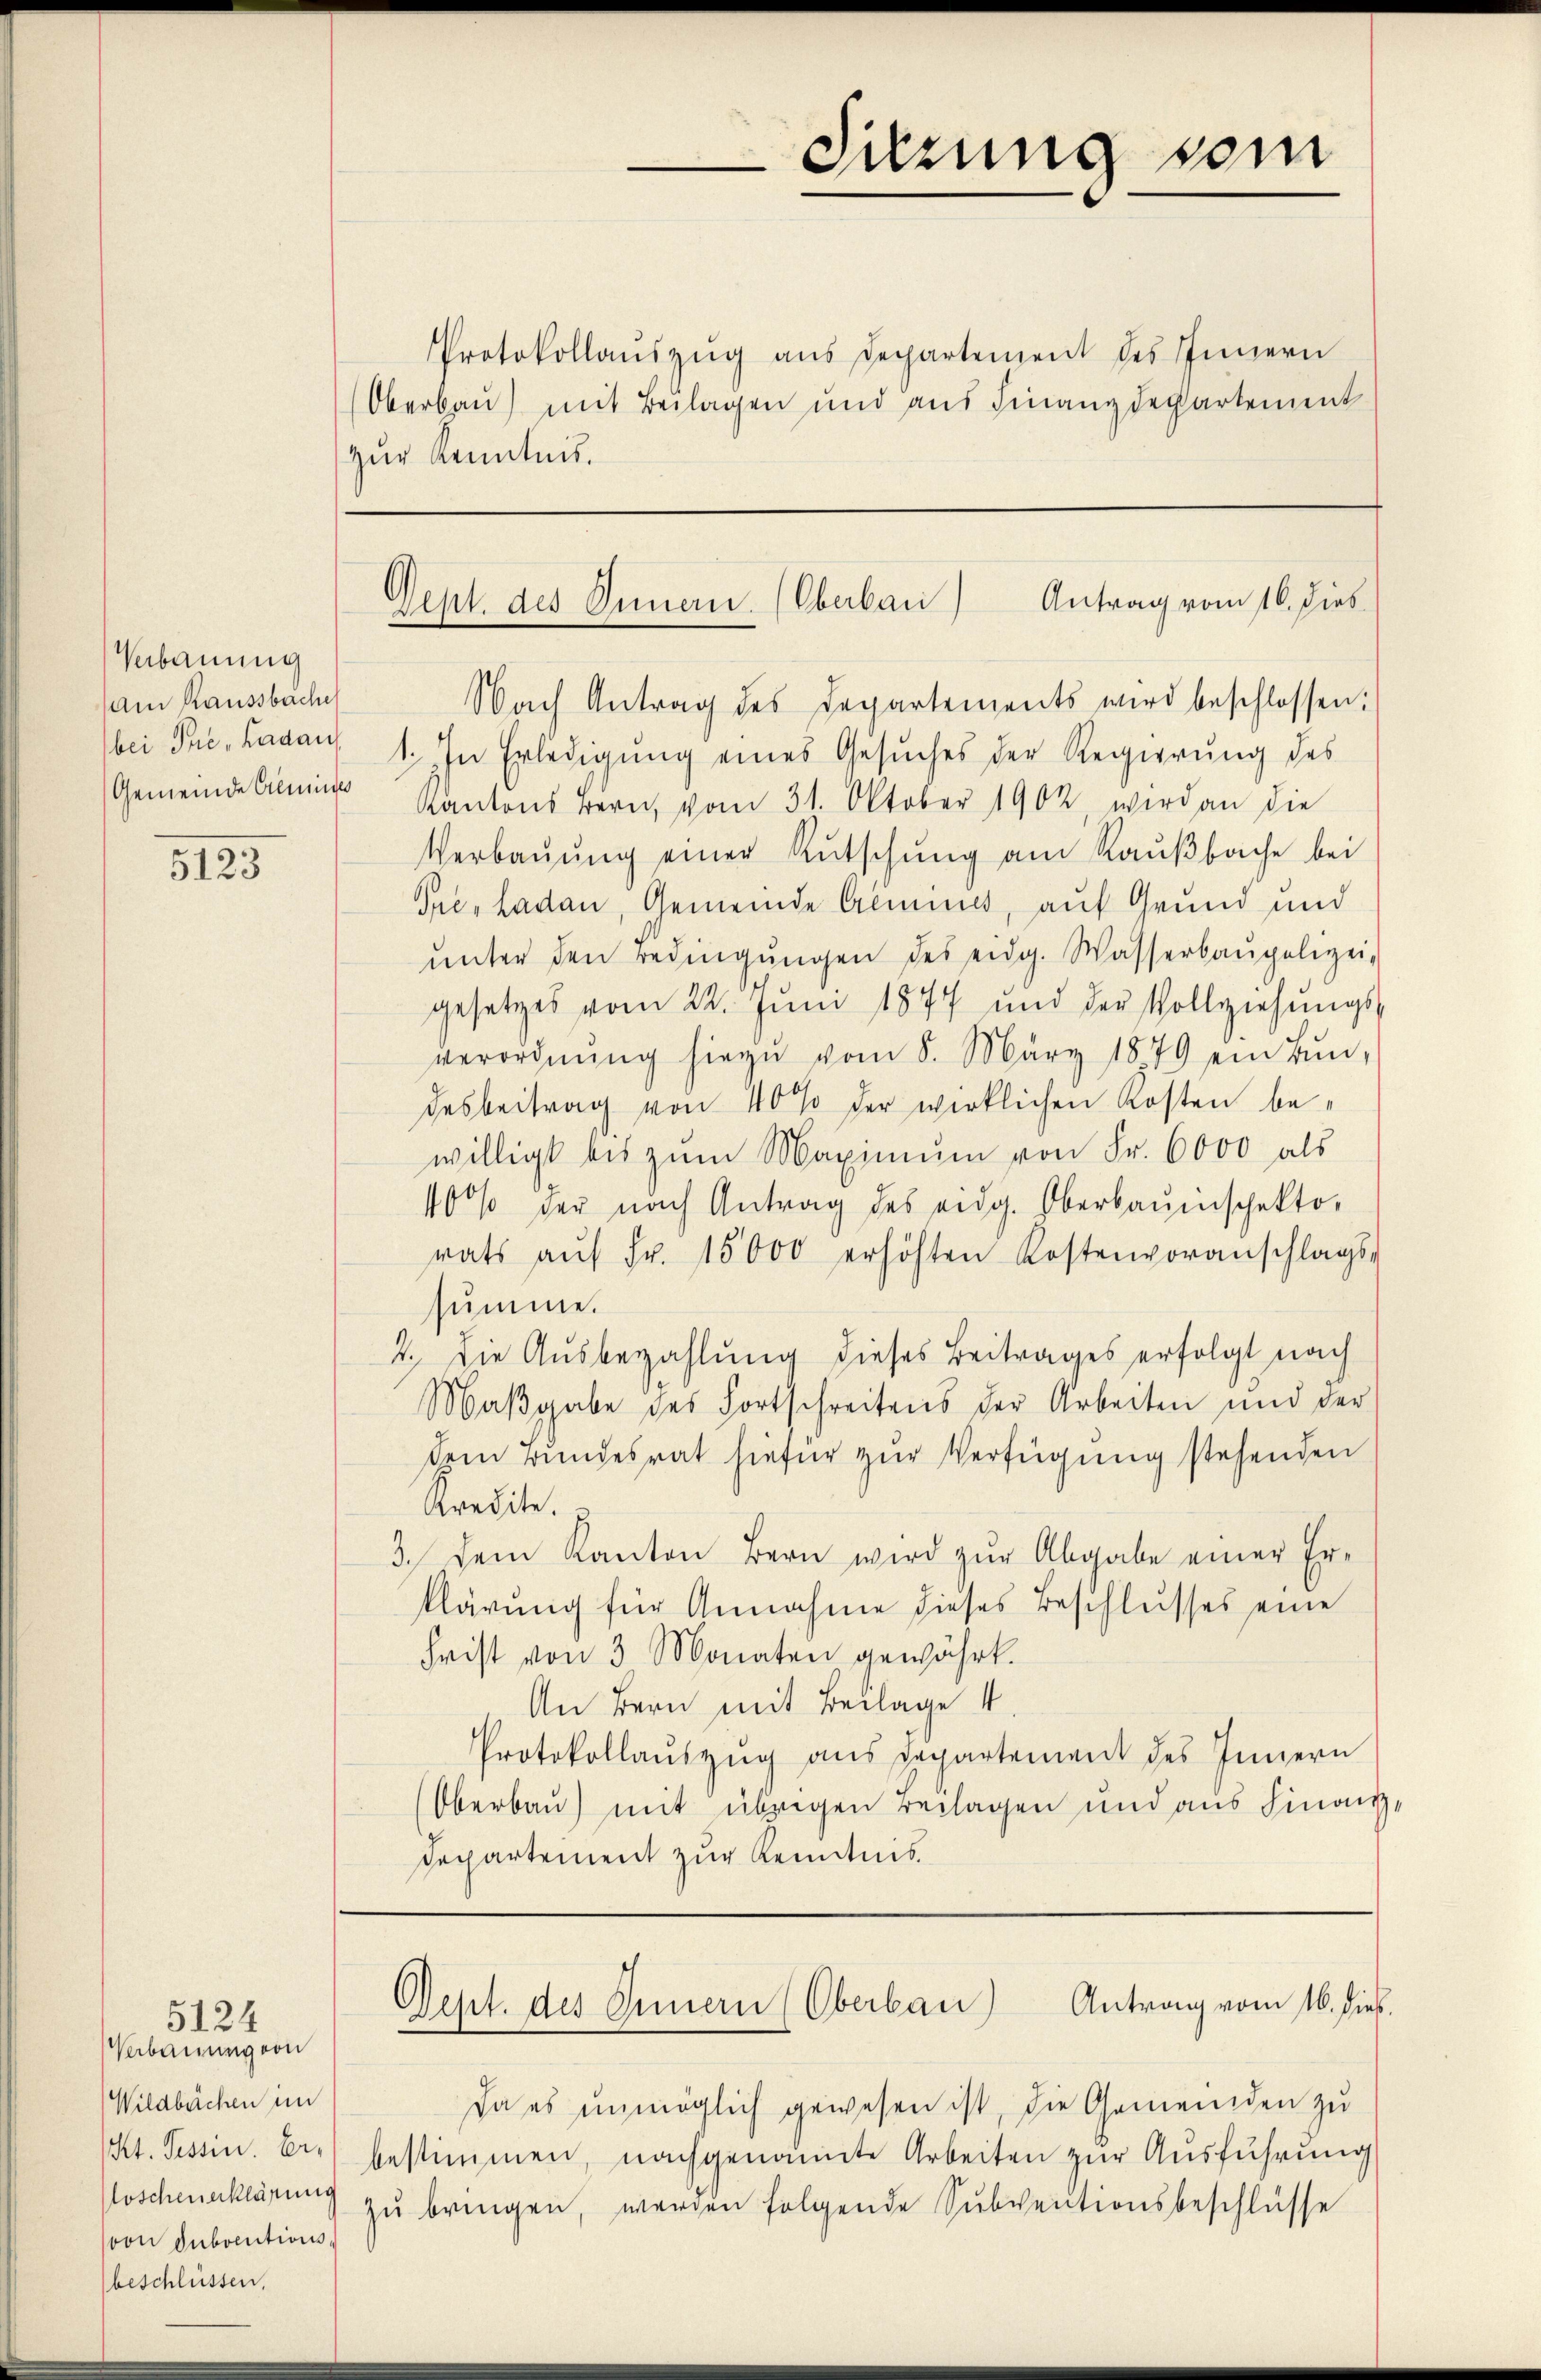
Verbauung
am Raussbache
Gemeinde Aemin

3125

5124
Verbauung von
Wildbachen im
Kt. Tessin. Er-
Koscheuerklärung
von Subventionsbeschlüssen,

Sitzung vom

Protokollaŭszŭg ans Departement des Innern
Oberbau) mit Beilagen und aus Finanzdepartement
zur Kenntnis.

Dept. des Innern (Oberban) Antrag vom 16. dies

Nach Antrag des Departements wird beschlossen:
bei Pre, Ladau 1. In Erledigung eines Gesuches der Regierung des
Kantons Bern, vom 31. Oktober 1902 wird an die
Verbauung einer Rutschung am Kaußbache bei
Pre, Laden, Gemeinde Aemins, auf Grund und
ŭnter den Bedingŭngen des eidg. Wasserbaupolizei-
gesetzes vom 22. Juni 1877 und der Vollziehŭngs-
verordnŭng hiezŭ vom 8. März 1879 ein Bŭn-
desbeitrag von 40% der wirklichen Kosten bewilligt bis zum Maximum von Fr. 6000 als
400% der nach Antrag des eidg. Oberbauinschekto
rats aŭf Fr. 15000 erhöhten Kostenvoranschlags-
summe.
2.) Die Ausbezahlung dieses Beitrages erfolgt nach
Maβgabe des Fortschreitens der Arbeiten und der
dem Bundesrat hiefür zur Verfügung stehenden
Kredite.
3. Dem Kanton Bern wird zŭr Abgabe einer Er-
klärung für Annahme dieses Beschlusses eine
Frist von 3 Monaten gewährt.
An Bern mit Beilage 4.
Protokollauszug aus Departement des Innern
Oberbau) mit übrigen Beilagen und aus Finanz¬
Departement zur Kenntnis

Da es unmöglich gewesen ist, die Gemeinden zu
bestimmen, nachgenannte Arbeiten zur Ausführung
zŭ bringen, werden folgende Subventionsbeschlüsse

Dept. des Innern (Oberban) Antrag vom 16. dieß.